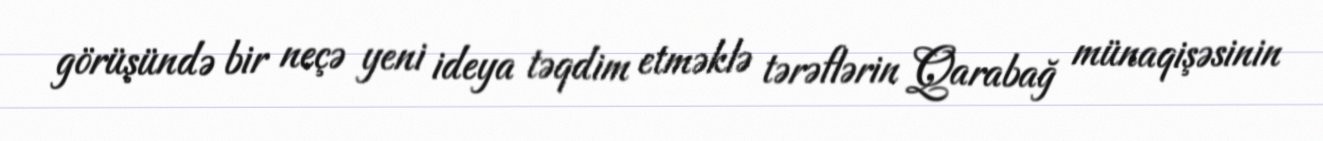
görüşündə bir neçə yeni ideya təqdim etməklə tərəflərin Qarabağ münaqişəsinin